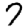
Digit: 7